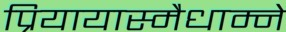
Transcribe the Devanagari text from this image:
प्रियायास्मैधाम्ने